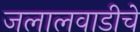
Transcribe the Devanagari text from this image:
जलालवाडीचे